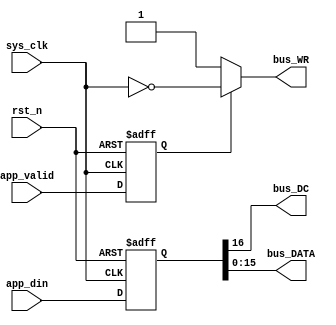
`timescale 1ns / 1ps
//////////////////////////////////////////////////////////////////////////////////
// Company: 
// Engineer: 
// 
// Design Name: 
// Module Name: intel_8080
// Project Name: 
// Target Devices: 
// Tool Versions: 
// Description: 
// 
// Dependencies: 
// 
// Revision:
// Revision 0.01 - File Created
// Additional Comments:
// 
//////////////////////////////////////////////////////////////////////////////////


module intel_8080 (
    input         sys_clk,    //50M
    input         rst_n,
    /**************************/
    input         app_valid,
    input  [16:0] app_din,
    /**************************/
    output        bus_DC,
    output        bus_WR,
    output [15:0] bus_DATA
);
  reg        valid;
  reg [16:0] din;
  /**************************/
  always @(posedge sys_clk, negedge rst_n) begin
    if (!rst_n) begin
      valid <= 1'd0;
      din   <= 17'd0;
    end else begin
      valid <= app_valid;
      din   <= app_din;
    end
  end
  assign bus_WR   = valid ? (!sys_clk) : 1'b1;
  assign bus_DC   = din[16];
  assign bus_DATA = din[15:0];
endmodule